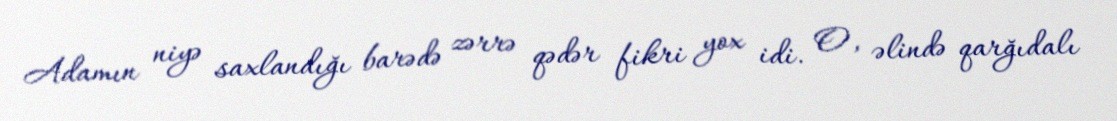
Adamın niyə saxlandığı barədə zərrə qədər fikri yox idi. O, əlində qarğıdalı